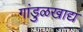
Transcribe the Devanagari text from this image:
गांडुळखाद्य